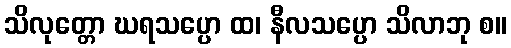
သိလုတ္တော ဃရသပ္ပော ထ၊ နီလသပ္ပော သိလာဘု စ။